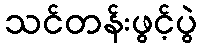
သင်တန်းဖွင့်ပွဲ